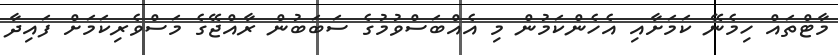
މާޓްތައް ހިމެނޭ ކަމަށާއި އެހެންކަމުން މި އެއްބަސްވުމުގެ ސަބަބުން ރާއްޖޭގެ މަސްވެރިކަމަށް ފައިދާ